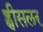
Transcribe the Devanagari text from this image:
ह्वीसलर